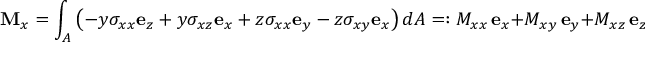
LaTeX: \mathbf { M } _ { x } = \int _ { A } \left( - y \sigma _ { x x } \mathbf { e } _ { z } + y \sigma _ { x z } \mathbf { e } _ { x } + z \sigma _ { x x } \mathbf { e } _ { y } - z \sigma _ { x y } \mathbf { e } _ { x } \right) d A = : M _ { x x } \, \mathbf { e } _ { x } + M _ { x y } \, \mathbf { e } _ { y } + M _ { x z } \, \mathbf { e } _ { z } \, .